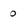
Character: 0